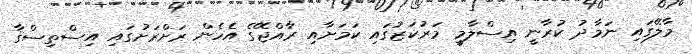
މާލޭގައި ނަމާދު ކުރާނީ އިސްލާމީ މަރުކަޒުގައި ކަމަށާއި ރާއްޖޭގެ އެހެން ރަށްރަށުގައި އިސްތިސްޤާ